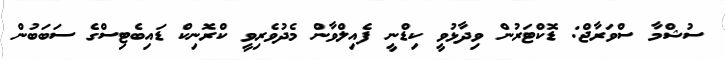
ސުޝްމާ ސްވަރާޖް: ޑޮކްޓަރުން ވިދާޅުވީ ކިޑްނީ ފެއިލްވާން މެދުވެރިވީ ކްރޮނިކް ޑައިބެޓިސްގެ ސަބަބުން